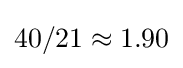
40/21\approx 1.90